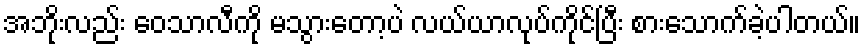
အဘိုးလည်း ဝေသာလီကို မသွားတော့ပဲ လယ်ယာလုပ်ကိုင်ပြီး စားသောက်ခဲ့ပါတယ်။